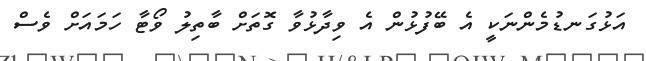
އަޅުގަނޑުމެންނަކީ އެ ބޭފުޅުން އެ ވިދާޅުވާ ގޮތަށް ބާތިލު ވޯޓާ ހަމައަށް ވެސް